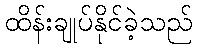
ထိန်းချုပ်နိုင်ခဲ့သည်